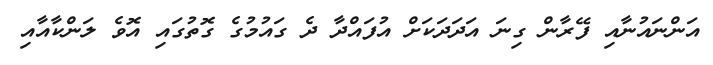
އަންނައުނާއި ފޭރާން ގިނަ އަދަދަކަށް އުފައްދާ ދެ ގައުމުގެ ގޮތުގައި އޮވެ ލަންކާއާއި